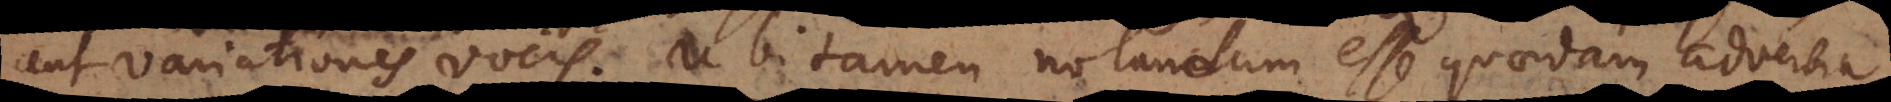
aut variationes vocis. Ubi tamen notandum esse quaedam adverbi